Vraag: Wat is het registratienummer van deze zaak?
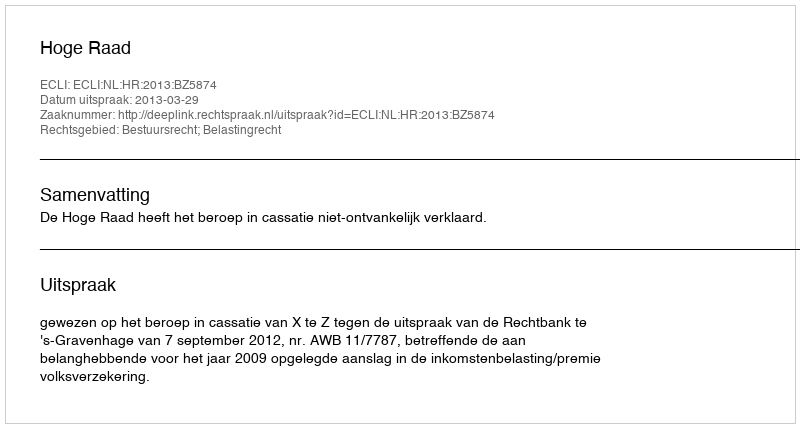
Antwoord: http://deeplink.rechtspraak.nl/uitspraak?id=ECLI:NL:HR:2013:BZ5874